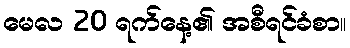
မေလ 20 ရက်နေ့၏ အစီရင်ခံစာ။